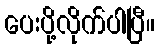
ပေးပို့လိုက်ပါပြီ။